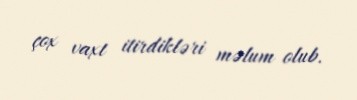
çox vaxt itirdikləri məlum olub.